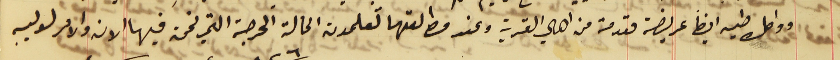
َوواصل طيه ايضاً عريضة مقدمة من اهالي القرية وعند مطالعتها تعلمون الحالة الحرجة التي نحن فيها الان والامر لوليه